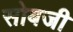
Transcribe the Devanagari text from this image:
सोबजी